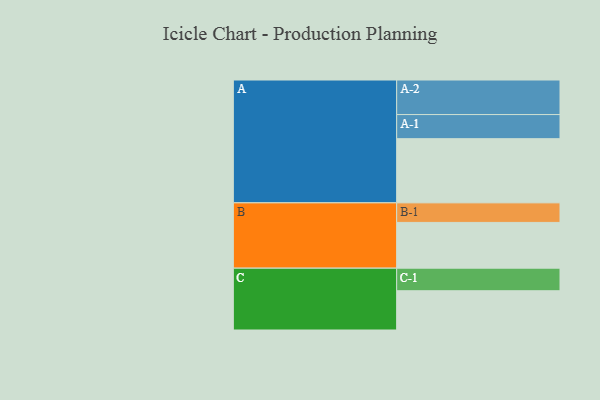
{"axis": {"x": "Segment", "y": "Value"}, "legend": ["", "A", "B", "C"], "data": [{"x": "A", "y": 492, "type": ""}, {"x": "B", "y": 351, "type": ""}, {"x": "C", "y": 301, "type": ""}, {"x": "A-1", "y": 185, "type": "A"}, {"x": "A-2", "y": 265, "type": "A"}, {"x": "B-1", "y": 150, "type": "B"}, {"x": "C-1", "y": 173, "type": "C"}]}